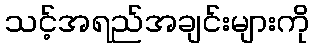
သင့်အရည်အချင်းများကို